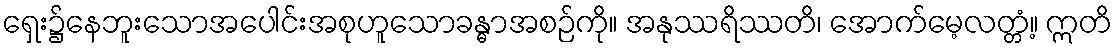
ရှေး၌နေဘူးသောအပေါင်းအစုဟူသောခန္ဓာအစဉ်ကို။ အနုဿရိဿတိ၊ အောက်မေ့လတ္တံ့။ ဣတိ